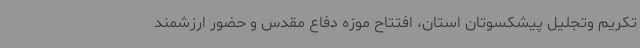
تکریم وتجلیل پیشکسوتان استان، افتتاح موزه دفاع مقدس و حضور ارزشمند